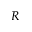
R